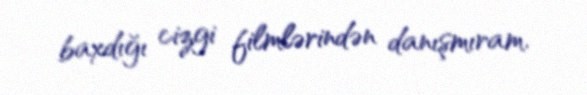
baxdığı cizgi filmlərindən danışmıram.